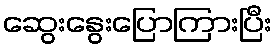
ဆွေးနွေးပြောကြားပြီး